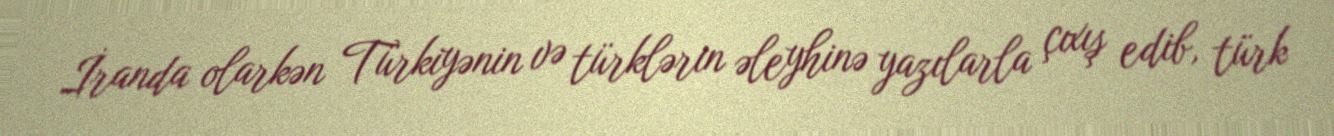
İranda olarkən Türkiyənin və türklərin əleyhinə yazılarla çıxış edib, türk